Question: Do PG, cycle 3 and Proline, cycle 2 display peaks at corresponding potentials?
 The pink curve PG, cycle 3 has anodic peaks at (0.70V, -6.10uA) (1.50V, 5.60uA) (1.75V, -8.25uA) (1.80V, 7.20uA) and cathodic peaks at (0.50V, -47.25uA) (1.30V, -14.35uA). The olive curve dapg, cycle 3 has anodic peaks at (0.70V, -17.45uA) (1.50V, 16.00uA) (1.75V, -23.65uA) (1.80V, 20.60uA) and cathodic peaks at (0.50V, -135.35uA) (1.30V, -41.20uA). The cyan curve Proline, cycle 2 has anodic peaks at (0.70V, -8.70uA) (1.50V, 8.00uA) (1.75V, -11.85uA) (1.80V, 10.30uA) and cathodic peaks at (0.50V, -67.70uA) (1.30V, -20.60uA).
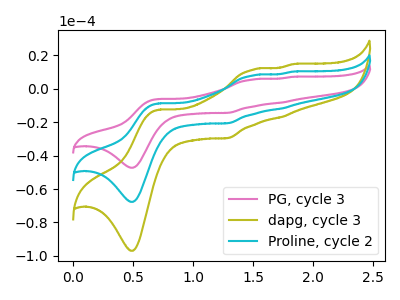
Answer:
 <answer>Yes, "PG, cycle 3" have a peak in "Proline, cycle 2" at the same potential.</answer>
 <eval>match</eval>